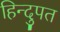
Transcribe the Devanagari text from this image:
हिन्दुपत